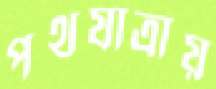
পথযাত্রায়